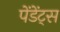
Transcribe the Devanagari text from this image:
पेंडेंट्स